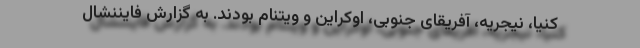
کنیا، نیجریه، آفریقای جنوبی، اوکراین و ویتنام بودند. به گزارش فایننشال